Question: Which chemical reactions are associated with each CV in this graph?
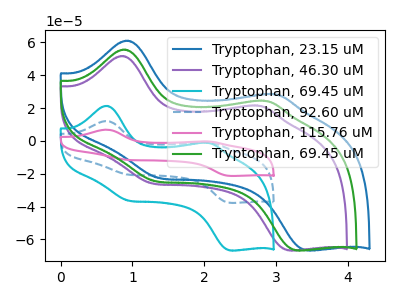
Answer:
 <answer>The blue curve is labeled "Tryptophan, 23.15 uM". The purple curve is labeled "Tryptophan, 46.30 uM". The cyan curve is labeled "Tryptophan, 69.45 uM". The blue dashed curve is labeled "Tryptophan, 92.60 uM". The pink curve is labeled "Tryptophan, 115.76 uM". The green curve is labeled "Tryptophan, 69.45 uM".</answer>
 <eval></eval>